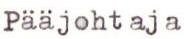
Pääjohtaja